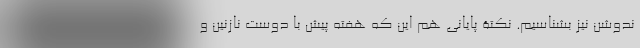
ندوشن نیز بشناسیم. نکتۀ پایانی هم این که هفته پیش با دوست نازنین و